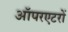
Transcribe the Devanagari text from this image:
ऑपरएटरों